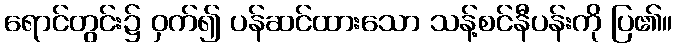
ရောင်တွင်း၌ ဝှက်၍ ပန်ဆင်ထားသော သန့်စင်နီပန်းကို ပြ၏။